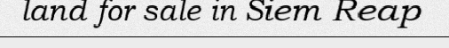
land for sale in Siem Reap